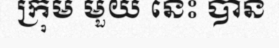
ក្រុម មួយ នេះ បាន